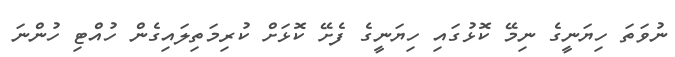
ނުވަތަ ހިޔަނީގެ ނިމޭ ކޮޅުގައި ހިޔަނީގެ ފެށޭ ކޮޅަށް ކުރިމަތިލައިގެން ހުއްޓި ހުންނަ